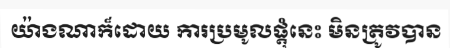
យ៉ាងណាក៏ដោយ ការប្រមូលផ្តុំនេះ មិនត្រូវបាន